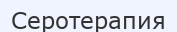
Серотерапия